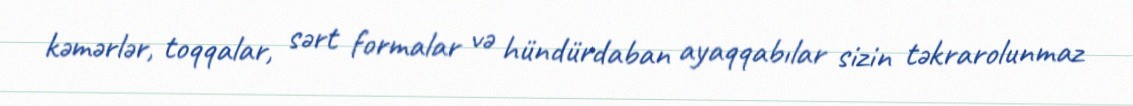
kəmərlər, toqqalar, sərt formalar və hündürdaban ayaqqabılar sizin təkrarolunmaz